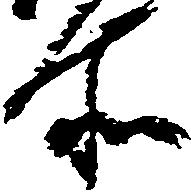
所